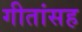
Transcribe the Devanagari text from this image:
गीतांसह